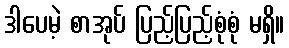
ဒါပေမဲ့ စာအုပ် ပြည့်ပြည့်စုံစုံ မရှိ။